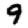
Digit: 9